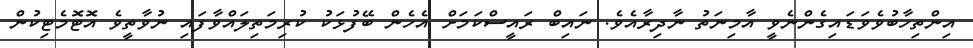
އިންތިހާބުވެވަޑައިގެންނެވީ އާމިނަތު ނާދިރާއެވެ. ނައިބް ރައީސްކަމަށް އެހެން ބޭފުޅަކު ކުރިމަތިލައްވާފައި ނުވާތީވެ އޮޓޮމެޓިކުން